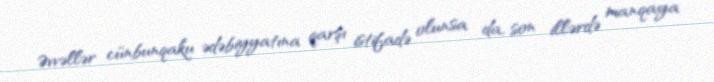
Əvvəllər cünbunqaku ədəbiyyatına qarşı istifadə olunsa da, son illərdə manqaya